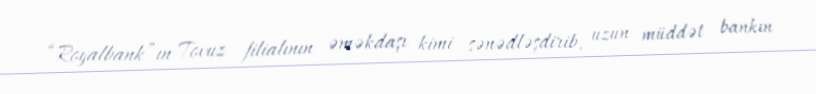
“Royalbank”ın Tovuz filialının əməkdaşı kimi sənədləşdirib, uzun müddət bankın